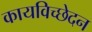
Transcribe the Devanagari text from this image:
कायविच्छेदन